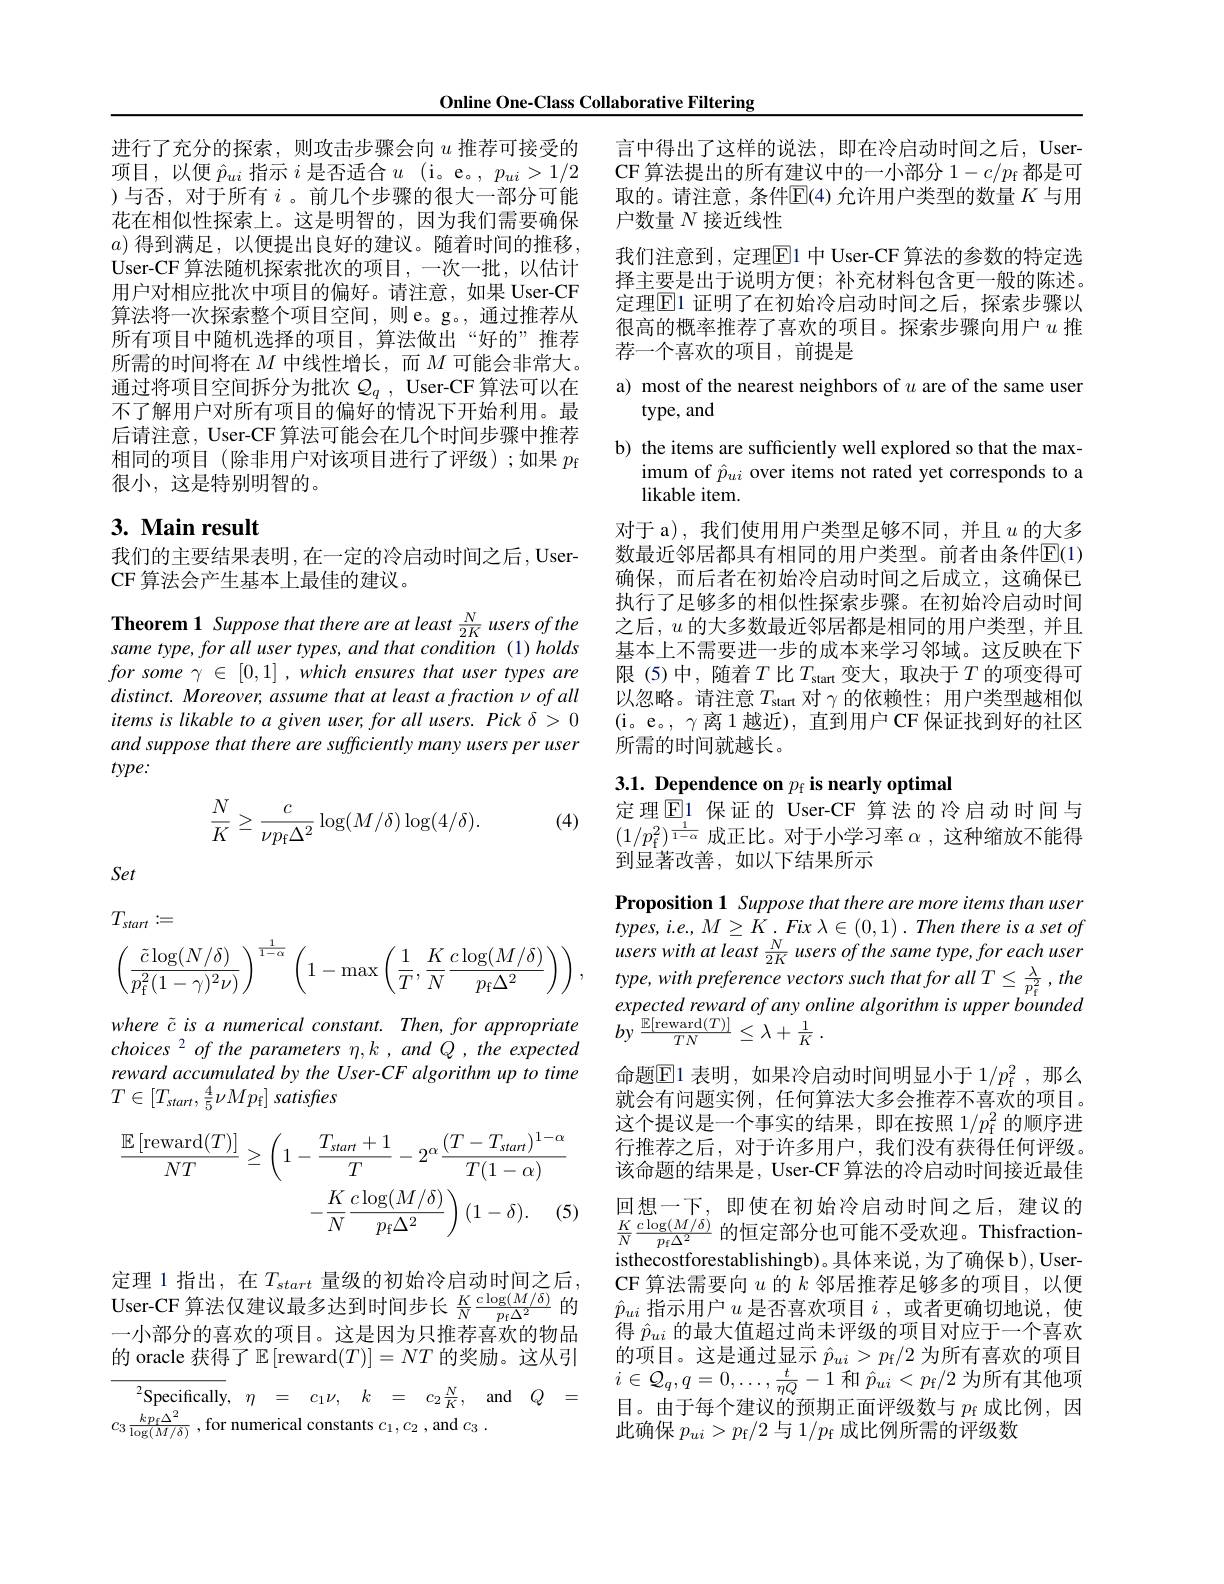
Online One-Class Collaborative Filtering

进行了充分的探索，则攻击步骤会向$u$ 推荐可接受的项目，以便$\hat{p}_ui$指示$i$是否适合$u$ (i。e。, $p_ui>1/2$ )与否，对于所有$i$。前几个步骤的很大一部分可能花在相似性探索上。这是明智的，因为我们需要确保$a)$得到满足，以便提出良好的建议。随着时间的推移User-CF 算法随机探索批次的项目，一次一批，以估计用户对相应批次中项目的偏好。请注意，如果 User-CF 算法将一次探索整个项目空间，则e。g。,通过推荐从所有项目中随机选择的项目，算法做出“好的”推荐所需的时间将在$M$中线性增长，而$M$可能会非常大。通过将项目空间拆分为批次$\mathcal{Q}_q$, User-CF算法可以在不了解用户对所有项目的偏好的情况下开始利用。最后请注意，User-CF 算法可能会在几个时间步骤中推荐相同的项目(除非用户对该项目进行了评级);如果$p_\mathrm{f}$ 很小，这是特别明智的。

## 3. Main result

我们的主要结果表明，在一定的冷启动时间之后，User-
CF 算法会产生基本上最佳的建议。

Theorem 1 Suppose that there are at least $\frac{N}{2K}$ users of the same type, for all user types, and that condition (1) holds $forsome\gamma\in[0,1],whichensuresthatusertypesare$ $distinct.Moreover,assume$ that at least a fraction $\nu ofall$ items is likable to a given user, for all users. Pick $\delta>0$ and suppose that there are sufficiently many users per user $type:$

(4)
$$\begin{aligned}\frac{N}{K}\geq\frac{c}{\nu p_\text{f}\Delta^2}\log(M/\delta)\log(4/\delta).\end{aligned}$$
Set

言中得出了这样的说法，即在冷启动时间之后，UserCF 算法提出的所有建议中的一小部分$1-c/p_{\mathrm{f}}$都是可取的。请注意，条件$\mathbb{E}$(4)允许用户类型的数量 $K$ 与用户数量$N$接近线性
我们注意到，定理$\overline{\mathrm{E}}$1 中 User-CF 算法的参数的特定选择主要是出于说明方便；补充材料包含更一般的陈述。定理$\boxed{\mathrm{E}}1$ 证明了在初始冷启动时间之后，探索步骤以很高的概率推荐了喜欢的项目。探索步骤向用户$u$推荐一个喜欢的项目，前提是

a) most of the nearest neighbors of $u$ are of the same user
# type, and

b) the items are sufficiently well explored so that the max-
imum of $\hat{p}_{ui}$ over items not rated yet corresponds to a
likable item.

对于 a),我们使用用户类型足够不同，并且$u$的大多数最近邻居都具有相同的用户类型。前者由条件$\mathbb{E}(1)$ 确保，而后者在初始冷启动时间之后成立，这确保已执行了足够多的相似性探索步骤。在初始冷启动时间之后，$u$的大多数最近邻居都是相同的用户类型，并且基本上不需要进一步的成本来学习邻域。这反映在下限(5)中，随着$T$比$T_\text{start}$变大，取决于$T$的项变得可以忽略。请注意$T_\mathrm{start}$对$\gamma$的依赖性；用户类型越相似(i。e。, $\gamma$离 1 越近), 直到用户 CF 保证找到好的社区所需的时间就越长。

$3. 1. \textbf{ Dependence on }p_{\mathrm{f} }\textbf{is nearly optimal}$

定理$\textcircled{\mathrm{E}}1$保证的 User-CF 算法的冷启动时间与$(1/p_{\mathrm{f}}^2)^{\frac1{1-\alpha}}$成正比。对于小学习率$\alpha$,这种缩放不能得到显著改善，如以下结果所示

Proposition 1 Suppose that there are more items than user $types, i. e. , M\geq K. Fix$ $\lambda \in ( 0, 1)$ . Then there $is$ $a$ set $of$ users with at least $\frac N{2K}$ users of the same type, for each user $type, with$ preference vectors such that for all $T\leq \frac \lambda {p_{\mathrm{f} }^{2}}$ $, the$ expected reward $of$ any online algorithm $is$ upper bounded 命题$\mathbb{E}$1 表明，如果冷启动时间明显小于 1/$p_\mathrm{f}^2$, 那么就会有问题实例，任何算法大多会推荐不喜欢的项目。这个提议是一个事实的结果，即在按照 1/$p_\mathrm{f}^2$的顺序进行推荐之后，对于许多用户，我们没有获得任何评级。该命题的结果是，User-CF 算法的冷启动时间接近最佳回想一下，即使在初始冷启动时间之后，建议的$\frac KN\frac{c\log(M/\delta)}{p_{\mathrm{f}}\Delta^2}$的恒定部分也可能不受欢迎。Thisfraction isthecostforestablishingb)。具体来说，为了确保 b), User-
定 理 1指 出 , 在 $T_{start}$ 量 级 的 初 始 冷 启 动 时 间 之 后 , CF 算 法 需 要 向 $u$ 的 $k$ 邻 居 推 荐 足 够 多 的 项 目 , 以 便 User- CF 算 法 仅 建 议 最 多 达 到 时 间 步 长 $\frac KN\frac {c\log ( M/ \delta ) }{p_i\Delta ^2}$的 $\hat{p} _{ui}$ 指 示 用 户 $u$ 是 否 喜 欢 项 目 $i$, 或 者 更 确 切 地 说 , 使 一 小 部 分 的 喜 欢 的 项 目 。这 是 因 为 只 推 若 喜 欢 的 物 品 得 $\hat{p} _{ui}$ 的 最 大 值 超 过 尚 未 评 级 的 项 目 对 应 于 一 个 喜 欢
得$\hat{p}_{ui}$的最大值超过尚未评级的项目对应于一个喜欢的项目。这是通过显示$\hat{p}_ui>p_\mathrm{f}/2$为所有喜欢的项目$i\in\mathcal{Q}_q,q=0,\ldots,\frac t{\eta Q}-1$和$\hat{p}_ui<p_\mathrm{f}/2$为所有其他项目。由于每个建议的预期正面评级数与$p_\mathrm{f}$成比例，因此确保$p_ui>p_{\mathrm{f}}/2$与 1/$p_{\mathrm{f}}$成比例所需的评级数
$$\begin{aligned}&T_{start}:=\\&\left(\frac{\tilde{c}\log(N/\delta)}{p_{\mathrm{f}}^{2}(1-\gamma)^{2}\nu)}\right)^{\frac{1}{1-\alpha}}\left(1-\max\left(\frac{1}{T},\frac{K}{N}\frac{c\log(M/\delta)}{p_{\mathrm{f}}\Delta^{2}}\right)\right),\end{aligned}$$
where $\tilde{c}$ $is$ $a$ numerical $constant.$ $Then$, for appropriate $by$ $\frac {\mathbb{E} [ \mathrm{reward}( T) ] }{TN}\leq \lambda + \frac 1K$ .
choices 2 of the parameters $\eta,k,andQ,the$ expected reward accumulated by the User-CF algorithm up to time $T\in [ T_{start}, \frac 45\nu Mp_{\mathrm{f} }] \textit{satisfres}$
$$\begin{aligned}\frac{\mathbb{E}\left[\mathrm{reward}(T)\right]}{NT}&\geq\left(1-\frac{T_{start}+1}{T}-2^{\alpha}\frac{(T-T_{start})^{1-\alpha}}{T(1-\alpha)}\right.\\&-\frac{K}{N}\frac{c\log(M/\delta)}{p_{\mathrm{f}}\Delta^{2}}\Bigg)(1-\delta).\quad(5)\end{aligned}$$
一小部分的喜欢的项目。这是因为只推荐喜欢的物品的 oracle 获得了$\mathbb{E} \left [ \mathrm{reward}( T) \right ] = NT$ 的奖励。这从引

${}^{2}$Specifically, $\eta$ = $c_{1}\nu $, $k$ = $c_{2}\frac NK$, and $Q$ =

$c_{3}\frac {kp_{\mathrm{f} }\Delta ^{2}}{\log ( M/ \delta ) }$ ,for numerical constants $c_1, c_2$ ,and $c_3$ .